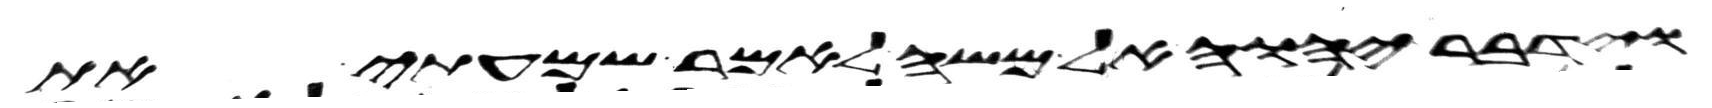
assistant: וידבר יהוה אל משה לאמר שמעתי את